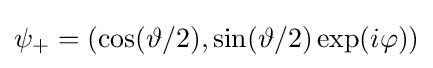
\psi _{+}=(\cos(\vartheta /2),\sin(\vartheta /2)\exp(i\varphi ))